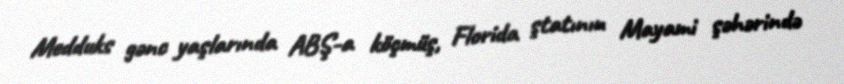
Medduks gənc yaşlarında ABŞ-a köçmüş, Florida ştatının Mayami şəhərində